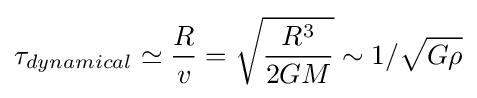
\tau _{dynamical}\simeq {\frac {R}{v}}={\sqrt {\frac {R^{3}}{2GM}}}\sim 1/{\sqrt {G\rho }}